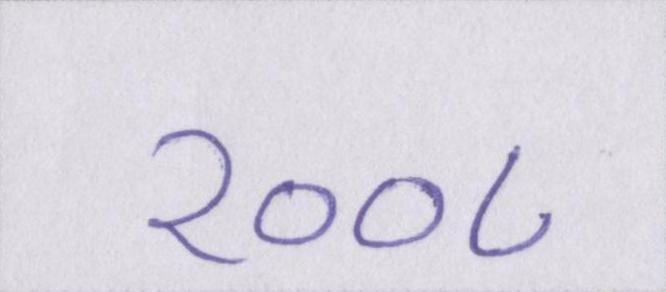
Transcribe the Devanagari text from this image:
२००८